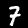
Digit: 7